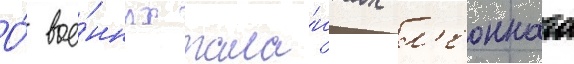
О́ вое́нных тала́нтах л'еонната